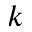
k